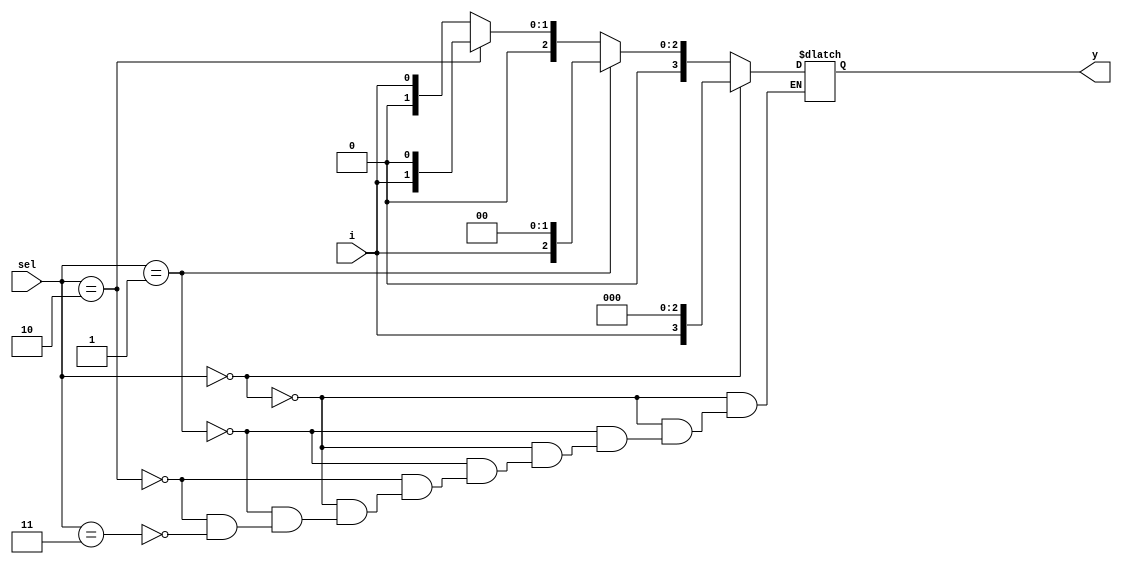
module decoder2x1_whole ( sel,y,i );

input [1:0] sel;
output reg [3:0] y;
input i;

always @ (sel,i) begin
    if (sel==2'b00) y= {i,3'b000};
    else if (sel==2'b01) y= {1'b0,i,2'b00};
    else if (sel==2'b10) y= {2'b00,i,1'b0};
    else if (sel==2'b11) y= {3'b000,i};
 end

    
endmodule